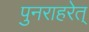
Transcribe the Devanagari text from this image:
पुनराहरेत्